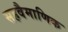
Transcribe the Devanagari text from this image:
सहवैमाणिक